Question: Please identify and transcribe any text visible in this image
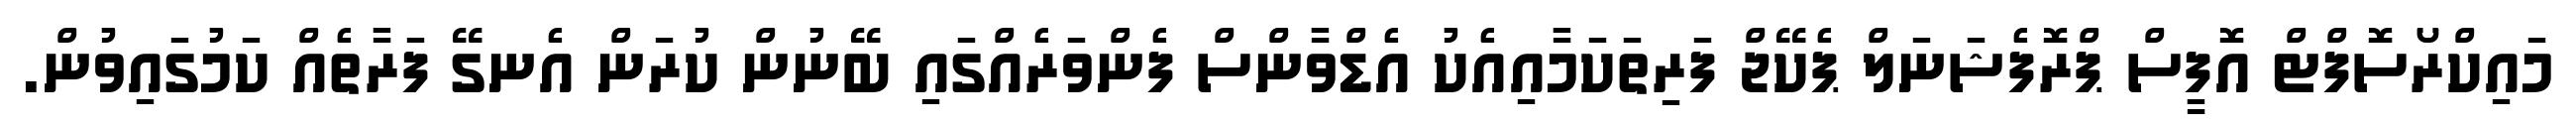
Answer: މައިކްރޯސޮފްޓް އޮފީސް ޕްރޮފެޝަނަލް ޕެކޭޖް ފަރިތަކަމާއިއެކު އެޑްވާންސް ފެންވަރެއްގައި ބޭނުން ކުރަން އެނގޭ ފަރާތެއް ކަމުގައިވުން.